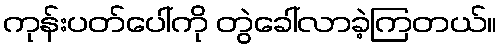
ကုန်းပတ်ပေါ်ကို တွဲခေါ်လာခဲ့ကြတယ်။